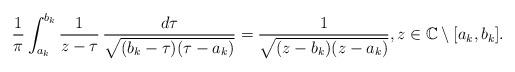
LaTeX: \begin{align*}\frac{1}{\pi}\int_{a_{k}}^{b_{k}}\frac{1}{z-\tau}\,\frac{d\tau}{\sqrt{(b_{k}-\tau)(\tau-a_{k})}}=\frac{1}{\sqrt{(z-b_{k})(z-a_{k})}},z\in\mathbb{C}\setminus[a_{k},b_{k}].\end{align*}